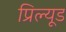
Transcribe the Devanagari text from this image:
प्रिल्यूड